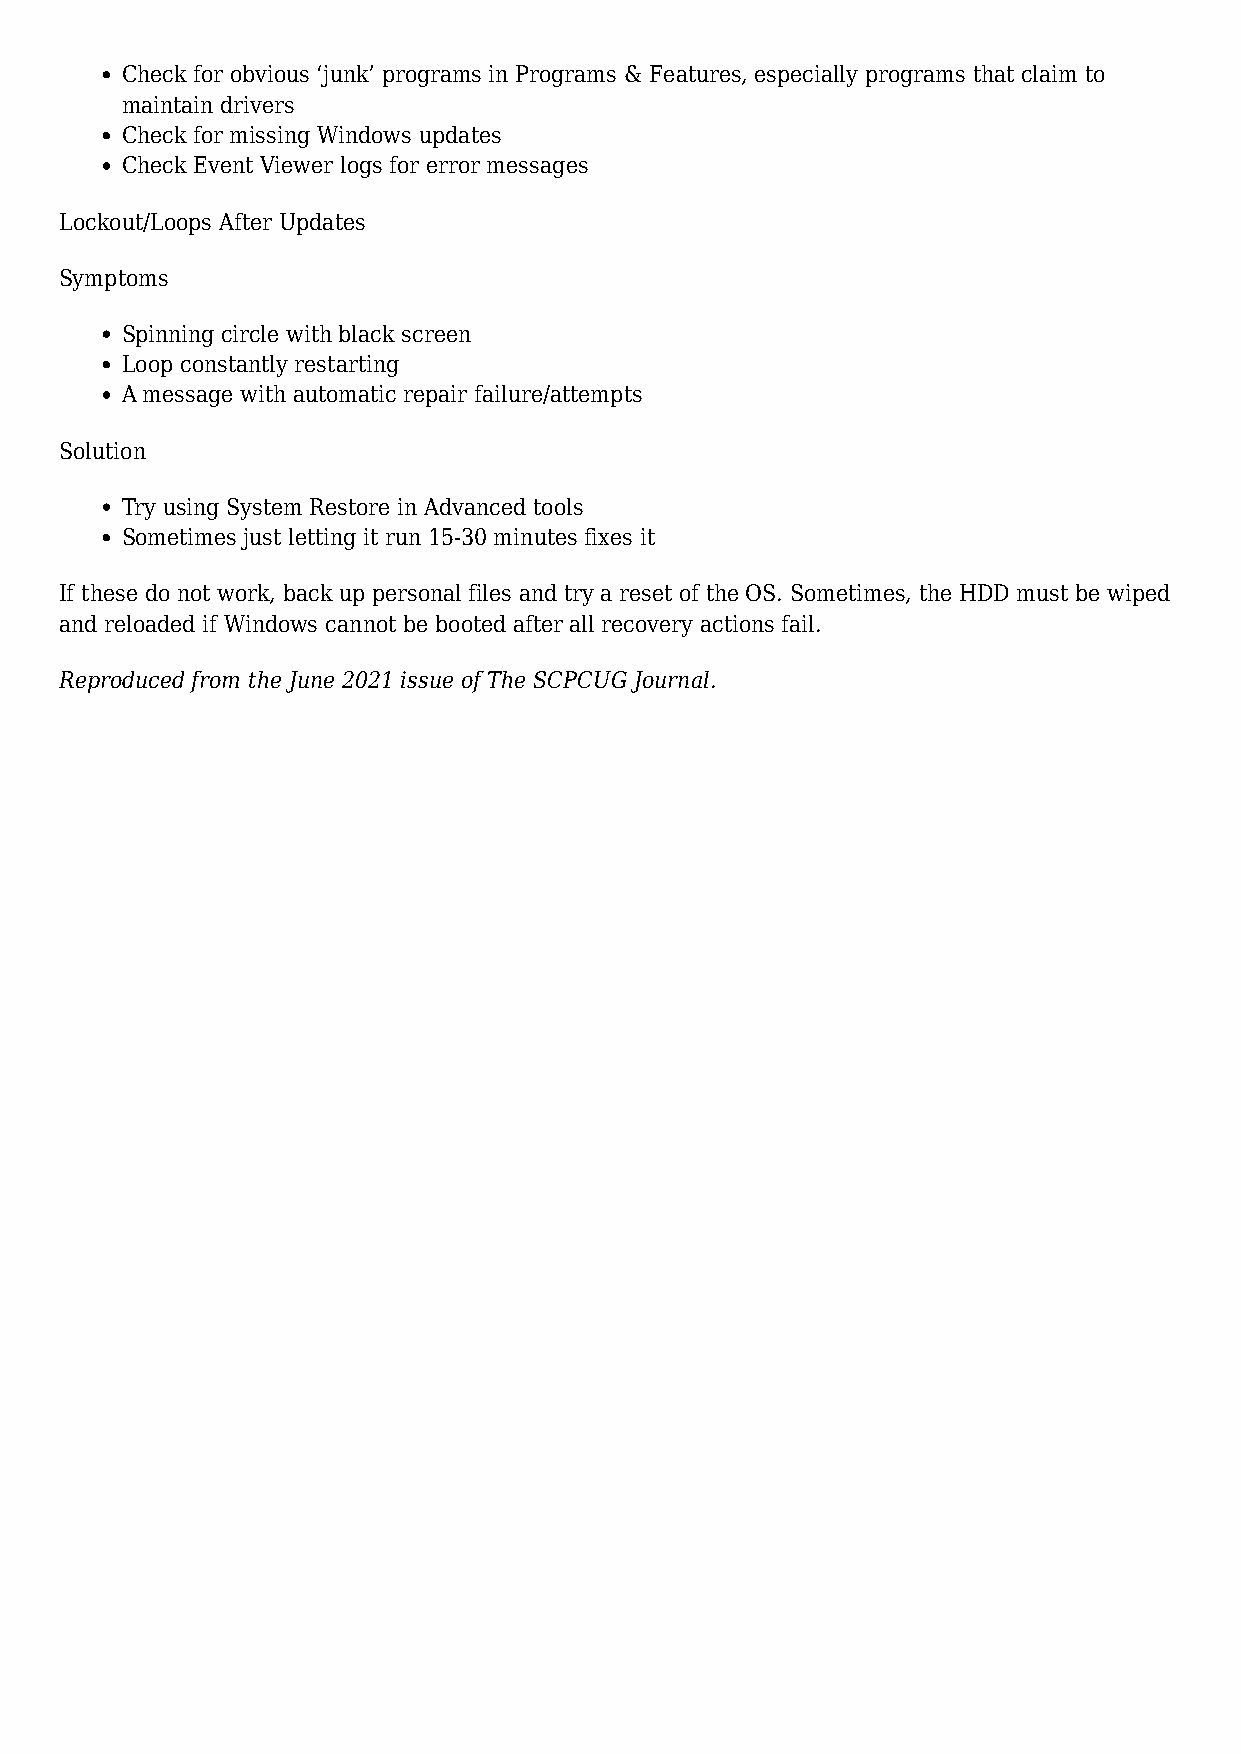
Check for obvious ‘junk’ programs in Programs & Features, especially programs that claim to
 maintain drivers
 Check for missing Windows updates
 Check Event Viewer logs for error messages
 Lockout/Loops After Updates
 Symptoms
 Spinning circle with black screen
 Loop constantly restarting
 A message with automatic repair failure/attempts
 Solution
 Try using System Restore in Advanced tools
 Sometimes just letting it run 15-30 minutes fixes it
 If these do not work, back up personal files and try a reset of the OS. Sometimes, the HDD must be wiped
 and reloaded if Windows cannot be booted after all recovery actions fail.
 Reproduced from the June 2021 issue of The SCPCUG Journal.